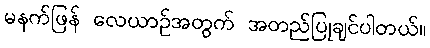
မနက်ဖြန် လေယာဉ်အတွက် အတည်ပြုချင်ပါတယ်။